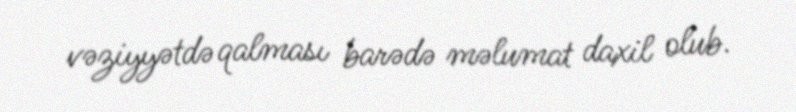
vəziyyətdə qalması barədə məlumat daxil olub.